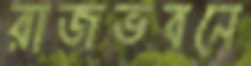
রাজভবনে